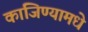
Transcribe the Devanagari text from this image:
कांजिण्यामधे